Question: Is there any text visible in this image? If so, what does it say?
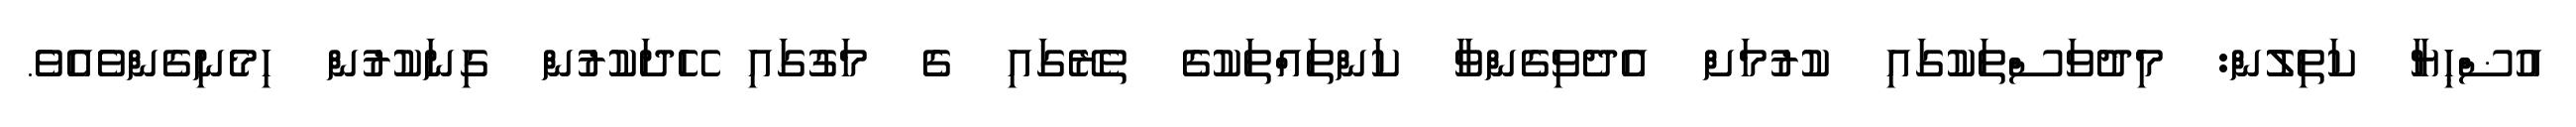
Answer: އުޟްޙިޔާ ކަތިލުން: މިދުވަސްތަކުގައި ކުރުމަށް އެދެވިގެންވާ ކަންތައްތަކުގެ ތެރޭގައި ގެ މަގުގައި ހޭދަކުރުން ގިނަކުރުން ހިމެނިގެންވެއެވެ.